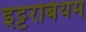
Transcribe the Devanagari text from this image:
इट्टरबियम